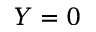
Y = 0